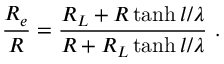
\frac { R _ { e } } { R } = \frac { R _ { L } + R \operatorname { t a n h } l / \lambda } { R + R _ { L } \operatorname { t a n h } l / \lambda } \mathrm { ~ . ~ }